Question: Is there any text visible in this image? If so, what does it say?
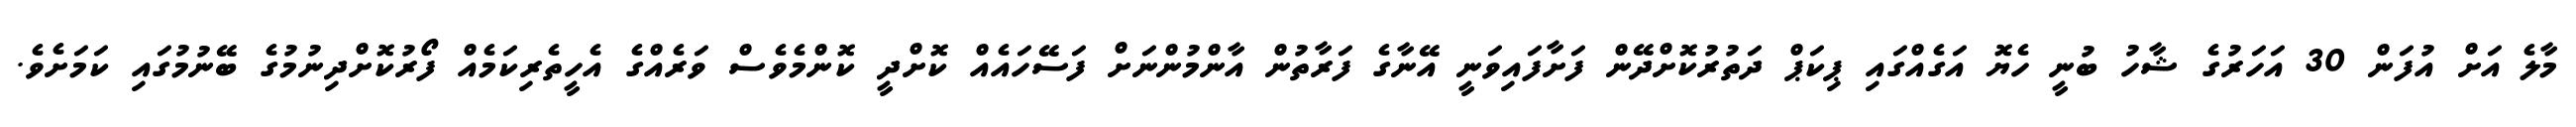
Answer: މާލެ އަށް އުފަން 30 އަހަރުގެ ޝާހު ބުނީ ހެޔޮ އަގެއްގައި ޕިކަޕް ދަތުރުކޮށްދޭން ފަށާފައިވަނީ އޭނާގެ ފަރާތުން އާންމުންނަށް ފަސޭހައެއް ކޮށްދީ ކޮންމެވެސް ވަރެއްގެ އެހީތެރިކަމެއް ފޯރުކޮށްދިނުމުގެ ބޭނުމުގައި ކަމަށެވެ.